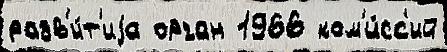
разв'и́т'иjа орган 1966 ком'и́сс'ий